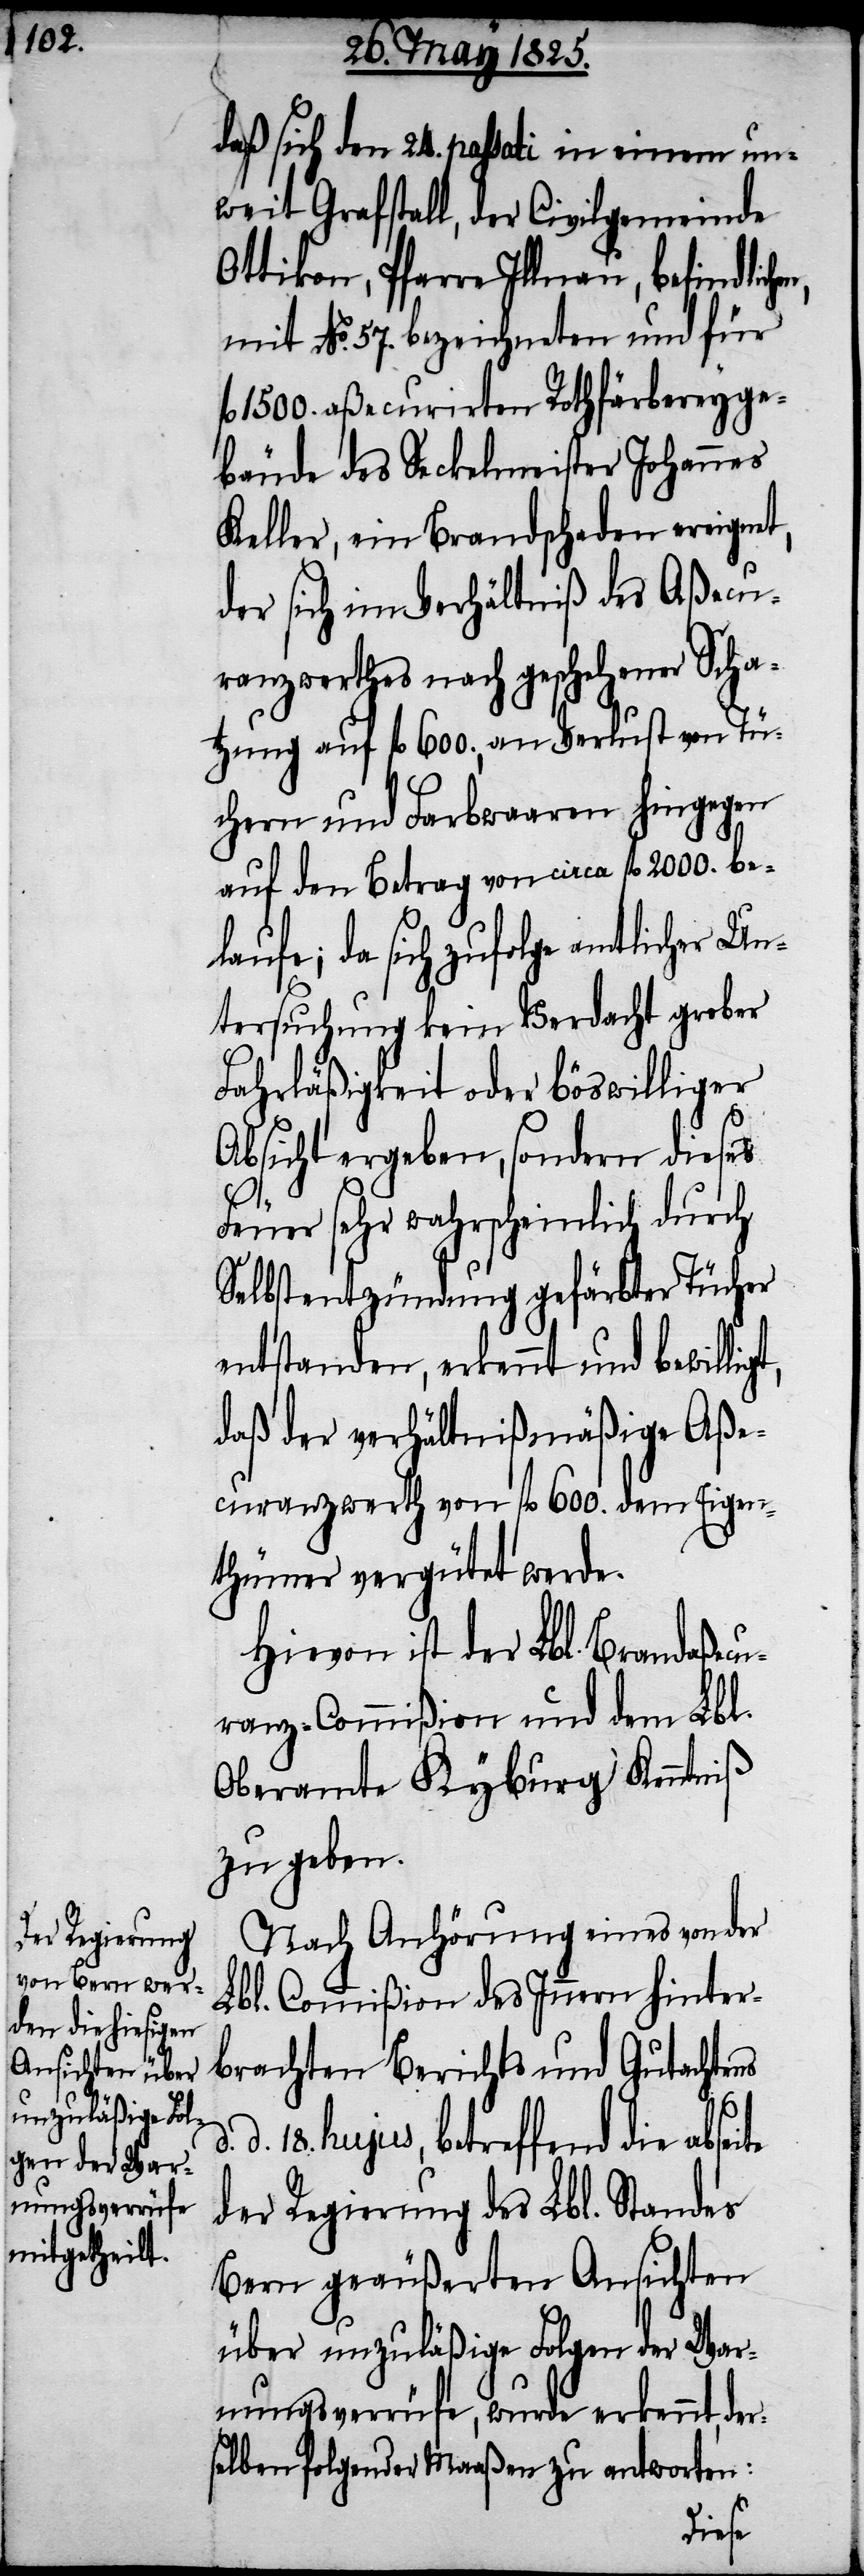
t,

daß sich den 24. passati in einem un¬
weit Grafstall, der Civilgemeinde
Ottikon, Pfarre Illnau, befindlich¬
mit No. 57. bezeichneten und für
fl 1500. aßecurirten Rothfärbereyge¬
bäude des Seckelmeister Johannes
Keller, ein Brandschaden ereignet,
der sich im Verhältniß des Aßecu¬
ranzwerthes nach geschehener Schat¬
zung auf fl 600., an Verlust von Tü¬
chern und Farbwaaren hingegen
auf den Betrag von circa fl 2000. be¬
laufe; da sich zufolge amtlicher Un¬
tersuchung kein Verdacht grober
Fahrläßigkeit oder böswilliger
Absicht ergeben, sondern dieses
Feuer sehr wahrscheinlich durch
Selbstentzündung gefärbter Tücher
entstanden, erkennt und bewillig¬
daß der verhältnißmäßige Aße¬
curanzwerth von fl. 600. dem Eigen¬
thümer vergütet werde.
Hievon ist der Lbl. Brandaßecu¬
ranz-Commißion und dem Lbl.
Oberamte Kyburg Kenntniß
zu geben.
Nach Anhörung eines von der
Lbl. Commißion des Innern hinter¬
brachten Berichts und Gutachtens
d. 18. hujus, betreffend die abseite
der Regierung des Lbl. Standes
Bern geäußerten Ansichten
über unzuläßige Folgen der War¬
nungsverrüfe, wurde erkennt, der¬
selben folgender Maaßen zu antworten:
en,